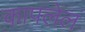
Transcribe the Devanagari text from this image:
कापलेलं